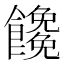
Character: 𩟖